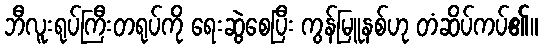
ဘီလူးရုပ်ကြီးတရုပ်ကို ရေးဆွဲစေပြီး ကွန်မြူနစ်ဟု တံဆိပ်ကပ်၏။